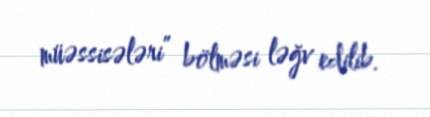
müəssisələri” bölməsi ləğv edilib.